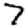
Digit: 7